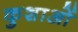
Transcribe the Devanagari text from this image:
कुशाओं